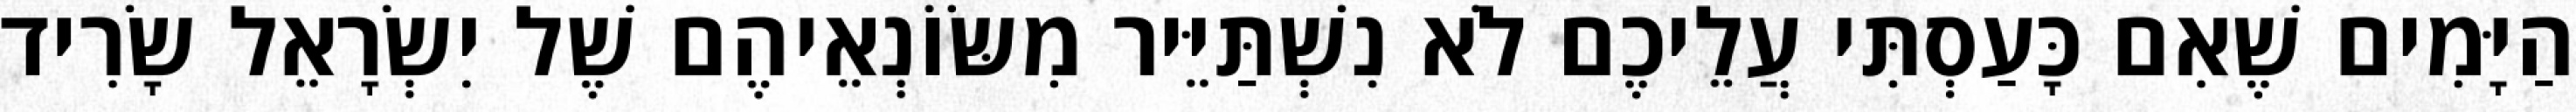
הַיָּמִים שֶׁאִם כָּעַסְתִּי עֲלֵיכֶם לֹא נִשְׁתַּיֵּיר מִשּׂוֹנְאֵיהֶם שֶׁל יִשְׂרָאֵל שָׂרִיד